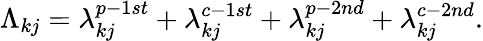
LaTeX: \Lambda_{kj}=\lambda_{kj}^{p-1st}+\lambda_{kj}^{c-1st}+\lambda_{kj}^{p-2nd}+\lambda_{kj}^{c-2nd}.